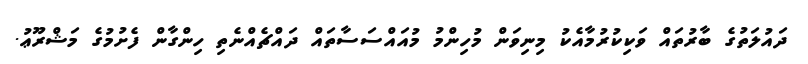
ދައުލަތުގެ ބާރުތައް ވަކިކުރުމާއެކު މިނިވަން މުހިންމު މުއައްސަސާތައް ދައްޗެއްނެތި ހިންގާން ފެށުމުގެ މަޝްރޫޢު.